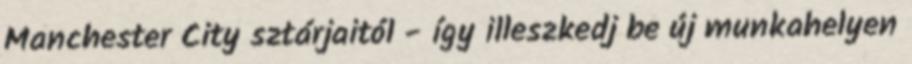
Manchester City sztárjaitól - így illeszkedj be új munkahelyen